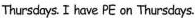
Thursdays. I have PEon Thursdays.